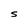
Character: S